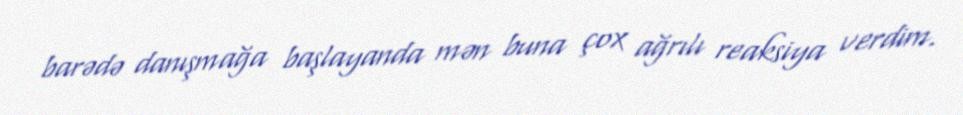
barədə danışmağa başlayanda mən buna çox ağrılı reaksiya verdim.